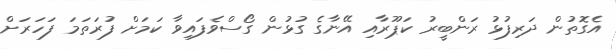
އެގޮތުން ދަރިފުޅު ރަންބީރު ކަޕޫރާއި އޭނާގެ ގުޅުން ގޯސްވެފައިވާ ކަމަށް ފުރަތަމަ ފަހަރަށް